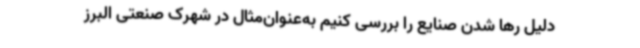
دلیل رها شدن صنایع را بررسی کنیم به‌عنوان‌مثال در شهرک صنعتی البرز